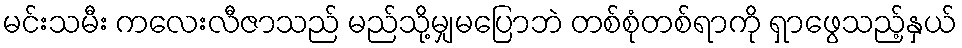
မင်းသမီး ကလေးလီဇာသည် မည်သို့မျှမပြောဘဲ တစ်စုံတစ်ရာကို ရှာဖွေသည့်နှယ်